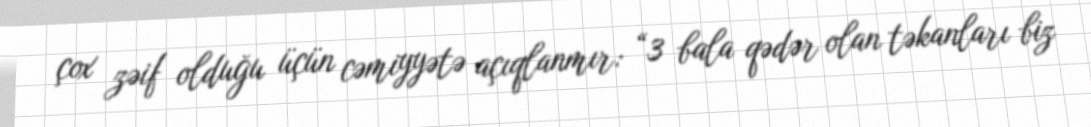
çox zəif olduğu üçün cəmiyyətə açıqlanmır: “3 bala qədər olan təkanları biz